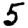
Digit: 5